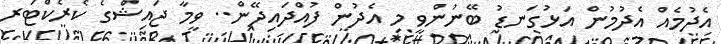
އެދުމެއް އެދުމުން އަޅުގަނޑު ބޭނުންވީ މި އެދުން ފުއްދައިދޭން.. ވީމާ ޖައިޝްގެ ކެރެކްޓަރ